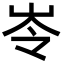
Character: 岺